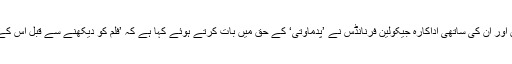
تاہم اب بولی وڈ کے سلطان سلمان خان اور ان کی ساتھی اداکارہ جیکولین فرنانڈس نے ’پدماوتی‘ کے حق میں بات کرتے ہوئے کہا ہے کہ ’فلم کو دیکھنے سے قبل اس کے خلاف مظاہرے کرنا بالکل غلط ہے۔